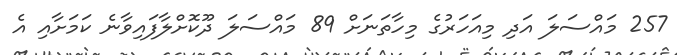
257 މައްސަލަ އަދި މިއަހަރުގެ މިހާތަނަށް 89 މައްސަލަ ދޫކޮށްލާފައިވާނެ ކަމަށާއި އެ